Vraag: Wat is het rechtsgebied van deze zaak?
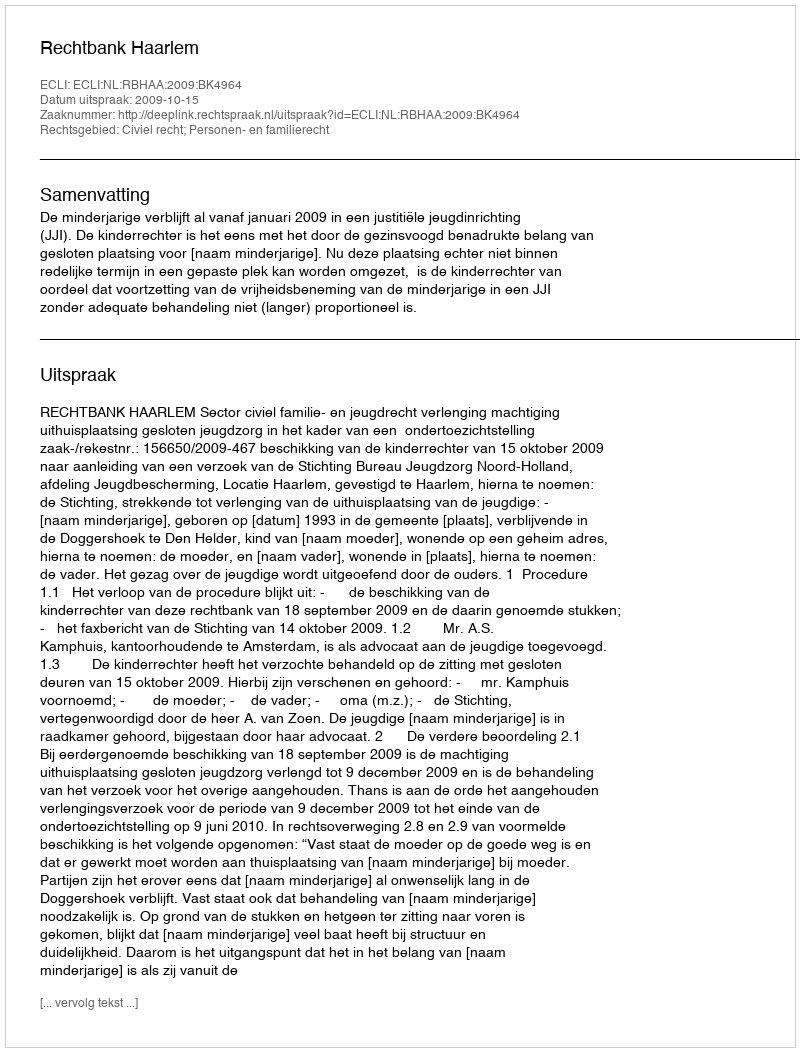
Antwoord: Civiel recht; Personen- en familierecht